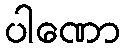
ပါဏော